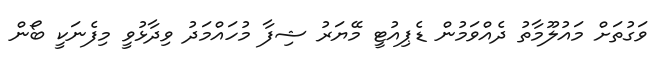
ވަގުތަށް މައުލޫމާތު ދެއްވަމުން ޑެޕިއުޓީ މޭޔަރު ޝިފާ މުހައްމަދު ވިދާޅުވީ މިފެނަކީ ބޯން